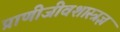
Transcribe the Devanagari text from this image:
प्राणीजीवशास्त्रज्ञ